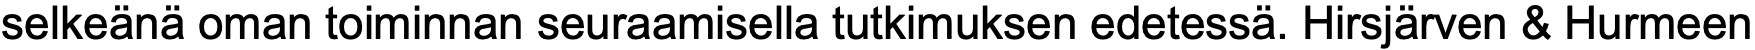
selkeänä oman toiminnan seuraamisella tutkimuksen edetessä. Hirsjärven & Hurmeen